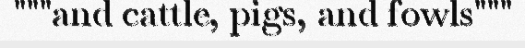
"""and cattle, pigs, and fowls"""